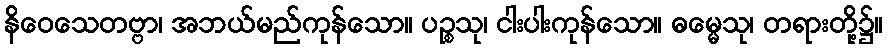
နိဝေသေတဗ္ဗာ၊ အဘယ်မည်ကုန်သော။ ပဉ္စသု၊ ငါးပါးကုန်သော။ ဓမ္မေသု၊ တရားတို့၌။